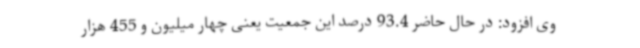
وی افزود: در حال حاضر 93.4 درصد این جمعیت یعنی چهار میلیون و 455 هزار